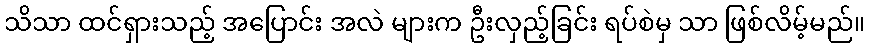
သိသာ ထင်ရှားသည့် အပြောင်း အလဲ များက ဦးလှည့်ခြင်း ရပ်စဲမှ သာ ဖြစ်လိမ့်မည်။